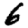
Digit: 6